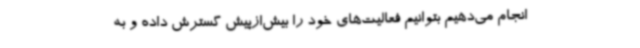
انجام می‌دهیم بتوانیم فعالیت‌های خود را بیش‌ازپیش گسترش داده و به